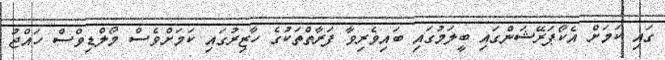
ގައި ކަމަށް އެކޯޕަރޭޝަންގައި ބީލަމުގައި ބައިވެރިވާ ފަރާތްތަކުގެ ހާޒިރުގައި ކަމަށްވެސް މޯލްޑިވްސް ހައްޖު